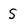
Character: s